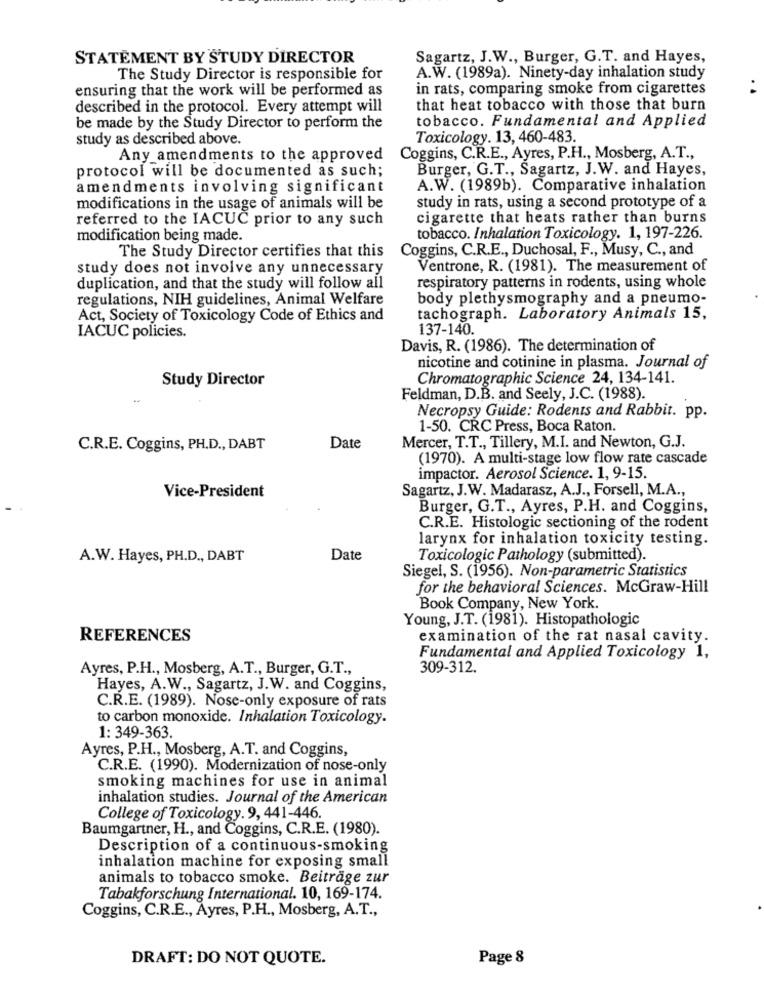
STATEMENT BY STUDY DIRECTOR
Sagartz, J.W ., Burger, G.T. and Hayes,
The Study Director is responsible for
A.W. (1989a). Ninety-day inhalation study
ensuring that the work will be performed as
in rats, comparing smoke from cigarettes
. .
described in the protocol. Every attempt will
that heat tobacco with those that burn
be made by the Study Director to perform the
tobacco. Fundamental and Applied
study as described above.
Toxicology. 13, 460-483.
Any amendments to the approved
Coggins, C.R.E ., Ayres, P.H ., Mosberg, A.T .,
protocol will be documented as such;
Burger, G.T ., Sagartz, J.W. and Hayes,
amendments involving significant
A.W. (1989b). Comparative inhalation
modifications in the usage of animals will be
study in rats, using a second prototype of a
referred to the IACUC prior to any such
cigarette that heats rather than burns
modification being made.
tobacco. Inhalation Toxicology. 1, 197-226.
The Study Director certifies that this
Coggins, C.R.E ., Duchosal, F ., Musy, C ., and
study does not involve any unnecessary
Ventrone, R. (1981). The measurement of
duplication, and that the study will follow all
respiratory patterns in rodents, using whole
regulations, NIH guidelines, Animal Welfare
body plethysmography and a pneumo-
Act, Society of Toxicology Code of Ethics and
tachograph. Laboratory Animals 15,
137-140.
IACUC policies.
Davis, R. (1986). The determination of
nicotine and cotinine in plasma. Journal of
Study Director
Chromatographic Science 24, 134-141.
Feldman, D.B. and Seely, J.C. (1988).
Necropsy Guide: Rodents and Rabbit. pp.
1-50. CRC Press, Boca Raton.
C.R.E. Coggins, PH.D ., DABT
Date
Mercer, T.T ., Tillery, M.I. and Newton, G.J.
(1970). A multi-stage low flow rate cascade
impactor. Aerosol Science. 1, 9-15.
Vice-President
Sagartz, J.W. Madarasz, A.J ., Forsell, M.A .,
Burger, G.T ., Ayres, P.H. and Coggins,
C.R.E. Histologic sectioning of the rodent
larynx for inhalation toxicity testing.
A.W. Hayes, PH.D ., DABT
Date
Toxicologic Pathology (submitted).
Siegel, S. (1956). Non-parametric Statistics
for the behavioral Sciences. McGraw-Hill
Book Company, New York.
Young, J.T. (1981). Histopathologic
REFERENCES
examination of the rat nasal cavity.
Fundamental and Applied Toxicology 1,
Ayres, P.H ., Mosberg, A.T ., Burger, G.T .,
309-312.
Hayes, A.W ., Sagartz, J.W. and Coggins,
C.R.E. (1989). Nose-only exposure of rats
to carbon monoxide. Inhalation Toxicology.
1: 349-363.
Ayres, P.H ., Mosberg, A.T. and Coggins,
C.R.E. (1990). Modernization of nose-only
smoking machines for use in animal
inhalation studies. Journal of the American
College of Toxicology. 9, 441-446.
Baumgartner, H ., and Coggins, C.R.E. (1980).
Description of a continuous-smoking
inhalation machine for exposing small
animals to tobacco smoke. Beiträge zur
Tabakforschung International. 10, 169-174.
Coggins, C.R.E ., Ayres, P.H ., Mosberg, A.T .,
DRAFT: DO NOT QUOTE.
Page 8